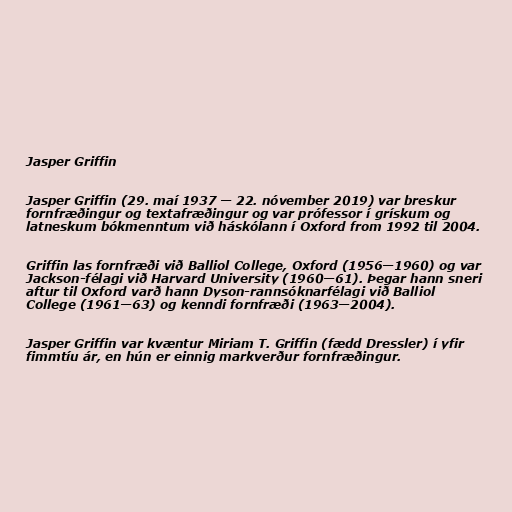
Jasper Griffin

Jasper Griffin (29. maí 1937 — 22. nóvember 2019) var breskur
fornfræðingur og textafræðingur og var prófessor í grískum og
latneskum bókmenntum við háskólann í Oxford from 1992 til 2004.

Griffin las fornfræði við Balliol College, Oxford (1956—1960) og var
Jackson-félagi við Harvard University (1960—61). Þegar hann sneri
aftur til Oxford varð hann Dyson-rannsóknarfélagi við Balliol
College (1961—63) og kenndi fornfræði (1963—2004).

Jasper Griffin var kvæntur Miriam T. Griffin (fædd Dressler) í yfir
fimmtíu ár, en hún er einnig markverður fornfræðingur.